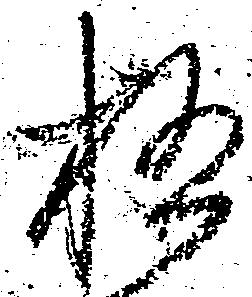
極